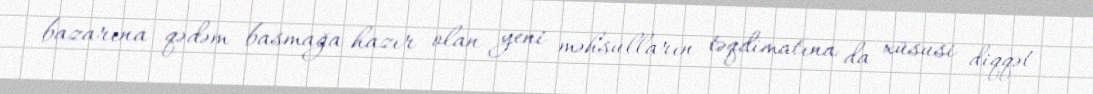
bazarına qədəm basmağa hazır olan yeni məhsulların təqdimatına da xüsusi diqqət